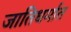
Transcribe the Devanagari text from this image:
जातिधर्मात